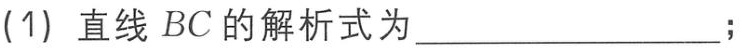
(1) 直线 \(BC\) 的解析式为______________;